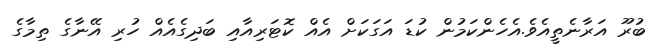
ބުރޫ އަރާނެތީއެވެ.އެހެންކަމުން ކުޑަ އަގަކަށް އެއް ކޮޓަރިއާއި ބަދިގެއެއް ހުރި އޭނާގެ ތިމާގެ